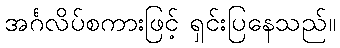
အင်္ဂလိပ်စကားဖြင့် ရှင်းပြနေသည်။